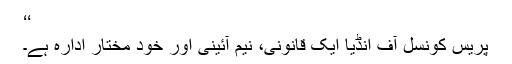
‘‘
پریس کونسل آف انڈیا ایک قانونی، نیم آئینی اور خود مختار ادارہ ہے۔